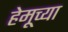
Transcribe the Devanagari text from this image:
हेमूच्या